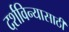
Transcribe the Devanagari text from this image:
दर्शविन्यासाठी